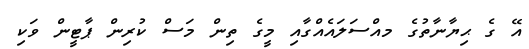
އޭ ގެ ޙިޔާނާތުގެ މއްސަލައެއްގާއި މީގެ ތިން މަސް ކުރިން ޕާޓީން ވަކި